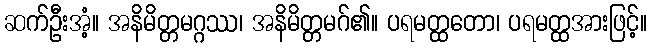
ဆက်ဦးအံ့။ အနိမိတ္တမဂ္ဂဿ၊ အနိမိတ္တမဂ်၏။ ပရမတ္ထတော၊ ပရမတ္ထအားဖြင့်။